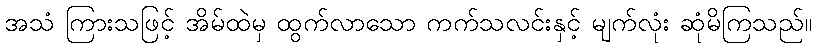
အသံ ကြားသဖြင့် အိမ်ထဲမှ ထွက်လာသော ကက်သလင်းနှင့် မျက်လုံး ဆုံမိကြသည်။